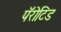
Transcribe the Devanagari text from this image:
पॅरोटिड